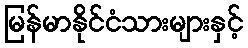
မြန်မာနိုင်ငံသားများနှင့်